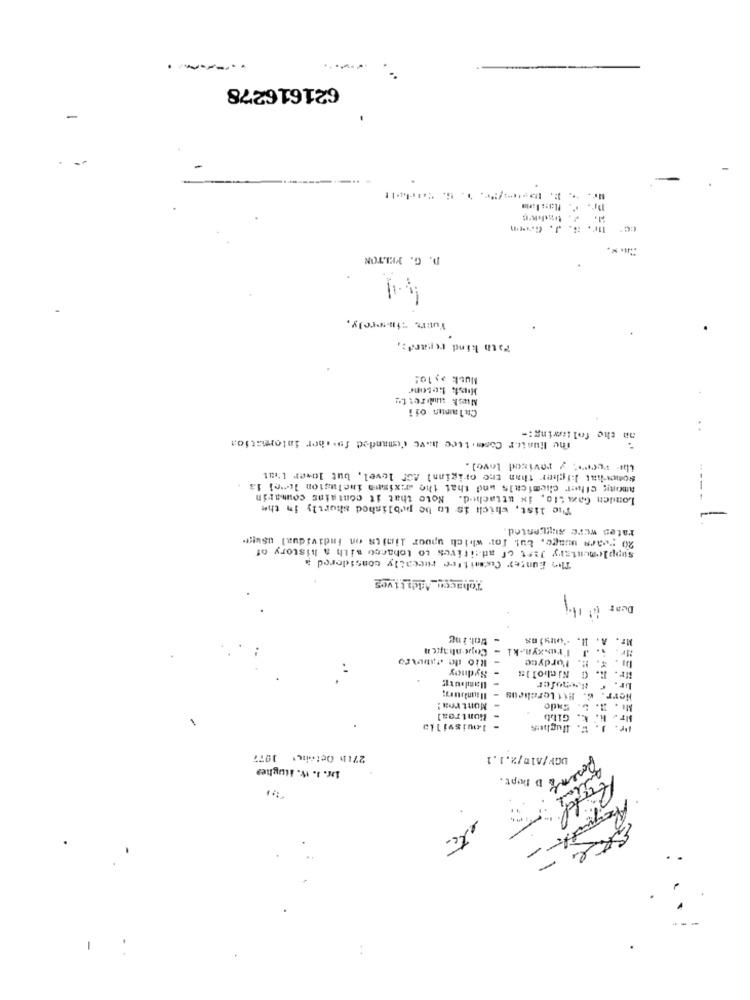
------
621616278
-
ur. ...
Pr. .
D. G. FELTON
Yours "tu-wprely,
Path kind regards,
Musk >> 10!
Hust Lebone
Musk wbrette
Chlamun ofi
on the following :-
The Hunter Cosettee have demanded fossher interestion
..
the veer: / revized love).
somewhat higher than the original AGr level, but lower L'at
Among cther chemicals und that the aximpa inclusion level 13
Lomich Gaz Lio, in attached. Note that it contains coumarin
The list, which is to be published shortly in the
rates were aintented.
20 "cara wage, but For which upper limits on individual usutff.
supplementary Jist of additives to tobacco with a history of
The Eunter Committee reccally considered a
Tobacco_Additives
DUAT 11 1ty
- Wol. I ng
Mr. A. R. "ouyins
Mr. ;. J Praxzyn ki - Copenhagen
Rio de Janeiro
Fordyce
Sydney
Mr. R. G Nicholls
Herr. 6. Hitlercheus
Montroa :
Mr. 3. 5. Sado
- Montreal
Gibb
louisvilla
Hughes
Pr. J. ...
27th Octobre' 1977
DGF/A10/2.1.1
for. J. W. itughes
Sosen & D popt.
etc